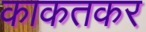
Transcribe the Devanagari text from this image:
काकतकर